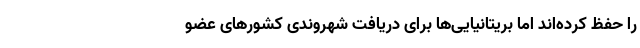
را حفظ کرده‌اند اما بریتانیایی‌ها برای دریافت شهروندی کشورهای عضو